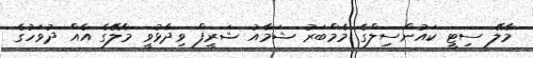
މާލޭ ސިޓީ ކައުންސިލްގެ މެމްބަރު ޝަމާއުު ޝަރީފް ވިދާޅުވީ މާލޭގެ އެއް ދުވަހުގެ